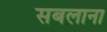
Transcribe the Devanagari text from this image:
सबलाना